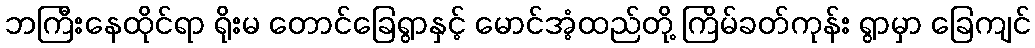
ဘကြီးနေထိုင်ရာ ရိုးမ တောင်ခြေရွာနှင့် မောင်အံ့ထည်တို့ ကြိမ်ခတ်ကုန်း ရွာမှာ ခြေကျင်